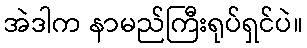
အဲဒါက နာမည်ကြီးရုပ်ရှင်ပဲ။